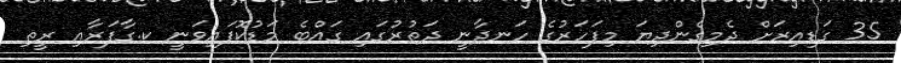
35 ގަޑިއިރަށް ދެމިގެންދިޔަ މިފަހަރުގެ ހަނދާނީ ދަތުރުގައި ގައްބެ މަޑުކޮފައިވަނީ ކ.ގާފަރާއި ރީތި